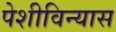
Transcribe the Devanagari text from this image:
पेशीविन्यास